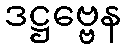
ဒဋ္ဌဗ္ဗေန